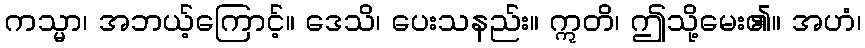
ကသ္မာ၊ အဘယ့်ကြောင့်။ ဒေသိ၊ ပေးသနည်း။ ဣတိ၊ ဤသို့မေး၏။ အဟံ၊